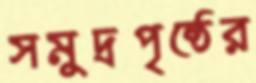
সমুদ্রপৃষ্ঠের